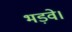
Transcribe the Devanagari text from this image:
भड़वे।